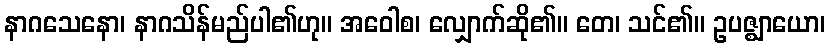
နာဂသေနော၊ နာဂသိန်မည်ပါ၏ဟု။ အဝေါစ၊ လျှောက်ဆို၏။ တေ၊ သင်၏။ ဥပဇ္ဈာယော၊